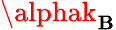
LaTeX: \alphak_{\mathbf{B}}